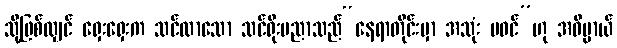
သို့ဖြစ်လျှင် ရှေးရှေးက သင်လာသော သင်ရိုးပညာသည်“နေရာတိုင်းမှာ အသုံး မဝင်”ဟု အဓိပ္ပာယ်